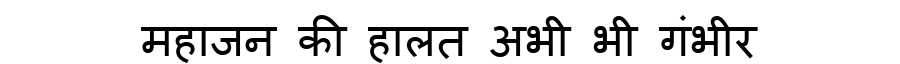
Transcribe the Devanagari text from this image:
महाजन की हालत अभी भी गंभीर